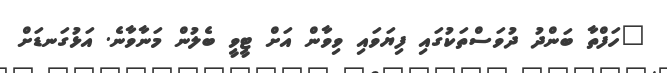
"ހަފްތާ ބަންދު ދުވަސްތަކުގައި ފިޔަވައި ވިވާން އަށް ޓީވީ ބެލުން މަނާވާނެ. އަޅުގަނޑަށް